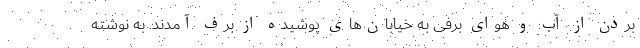
بردن از آب و هوای برفی به خیابان‌های پوشیده از برف آمدند. به نوشته